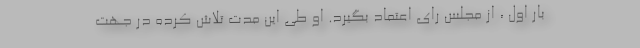
بار اول ، از مجلس رای اعتماد بگیرد. او طی این مدت تلاش کرده در جهت